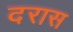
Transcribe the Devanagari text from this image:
दरास